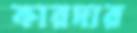
কারদার